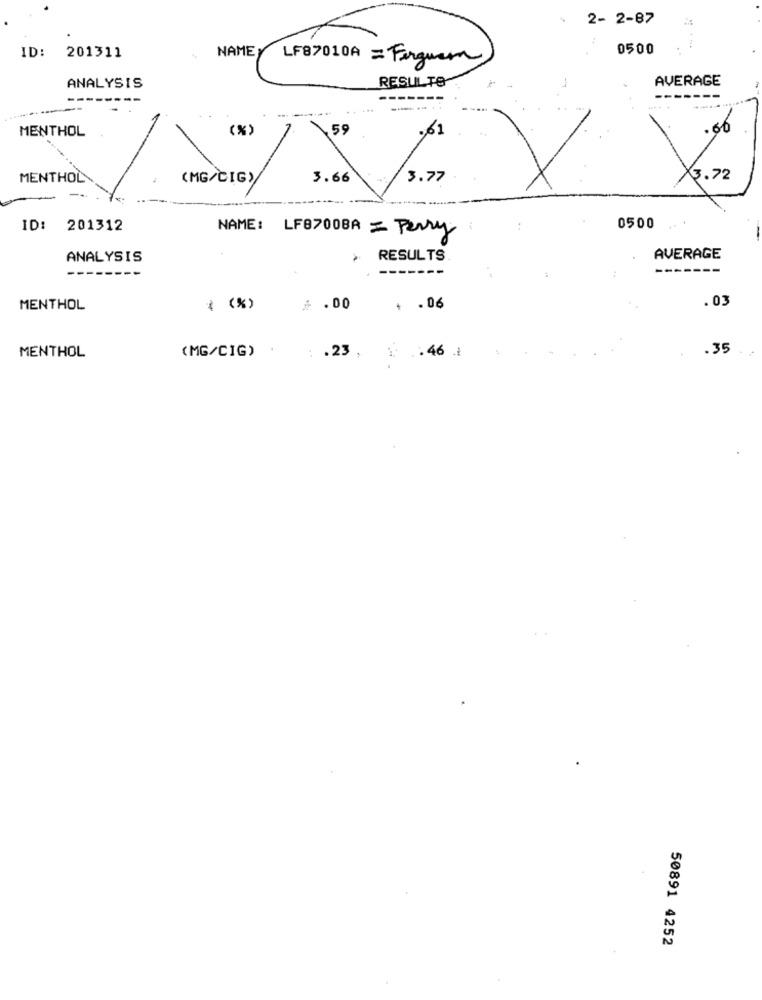
2- 2-87
ID: 201311
NAMEY
0500
LF87010A =Ferguson
RESULTS
AVERAGE
ANALYSIS
-------
-.....
MENTHOL
(%)
59
.61
.66
MENTHOL
(MG/CIG)
3.66
3.77
3.72
ID: 201312
NAME :
LF8700BA = Perry
0500
ANALYSIS
RESULTS.
AVERAGE
-----
------
. 03
MENTHOL
* ( * )
$ .00
1 .06
.35
MENTHOL
(MG/CIG)
: . 23 ,
1 .. 46
50891 4252